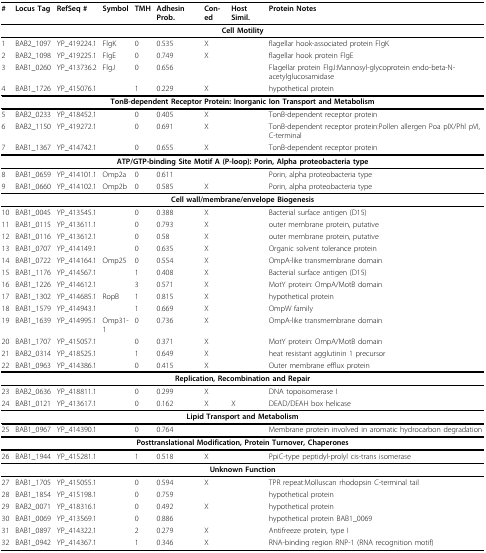
<table><thead><tr><td><b>#</b></td><td><b>Locus Tag</b></td><td><b>RefSeq #</b></td><td><b>Symbol</b></td><td><b>TMH</b></td><td><b>Adhesin Prob.</b></td><td><b>Con-ed</b></td><td><b>Host Simil.</b></td><td><b>Protein Notes</b></td></tr></thead><tbody><tr><td colspan="9"><b>Cell Motility</b></td></tr><tr><td>1</td><td>BAB2_1097</td><td>YP_419224.1</td><td>FlgK </td><td>0</td><td>0.535</td><td>X</td><td></td><td>flagellar hook-associated protein FlgK </td></tr><tr><td>2</td><td>BAB2_1098</td><td>YP_419225.1</td><td>FlgE </td><td>0</td><td>0.749</td><td>X</td><td></td><td>flagellar hook protein FlgE </td></tr><tr><td>3</td><td>BAB1_0260</td><td>YP_413736.2</td><td>FlgJ</td><td>0</td><td>0.656</td><td></td><td></td><td>Flagellar protein FlgJ:Mannosyl-glycoprotein endo-beta-N-acetylglucosamidase</td></tr><tr><td>4</td><td>BAB1_1726</td><td>YP_415076.1</td><td></td><td>1</td><td>0.229</td><td>X</td><td></td><td>hypothetical protein</td></tr><tr><td colspan="9"><b>TonB-dependent Receptor Protein: Inorganic Ion Transport and Metabolism</b></td></tr><tr><td>5</td><td>BAB2_0233</td><td>YP_418452.1</td><td></td><td>0</td><td>0.405</td><td>X</td><td></td><td>TonB-dependent receptor protein</td></tr><tr><td>6</td><td>BAB2_1150</td><td>YP_419272.1</td><td></td><td>0</td><td>0.691</td><td>X</td><td></td><td>TonB-dependent receptor protein:Pollen allergen Poa pIX/Phl pVI, C-terminal </td></tr><tr><td>7</td><td>BAB1_1367</td><td>YP_414742.1</td><td></td><td>0</td><td>0.655</td><td>X</td><td></td><td>TonB-dependent receptor protein </td></tr><tr><td colspan="9"><b>ATP/GTP-binding Site Motif A (P-loop): Porin, Alpha proteobacteria type</b></td></tr><tr><td>8</td><td>BAB1_0659</td><td>YP_414101.1</td><td>Omp2a </td><td>0</td><td>0.611</td><td></td><td></td><td>Porin, alpha proteobacteria type </td></tr><tr><td>9</td><td>BAB1_0660</td><td>YP_414102.1</td><td>Omp2b</td><td>0</td><td>0.585</td><td>X</td><td></td><td>Porin, alpha proteobacteria type</td></tr><tr><td colspan="9"><b>Cell wall/membrane/envelope Biogenesis</b></td></tr><tr><td>10</td><td>BAB1_0045</td><td>YP_413545.1</td><td></td><td>0</td><td>0.388</td><td>X</td><td></td><td>Bacterial surface antigen (D15)</td></tr><tr><td>11</td><td>BAB1_0115</td><td>YP_413611.1</td><td></td><td>0</td><td>0.793</td><td>X</td><td></td><td>outer membrane protein, putative</td></tr><tr><td>12</td><td>BAB1_0116</td><td>YP_413612.1</td><td></td><td>0</td><td>0.58</td><td>X</td><td></td><td>outer membrane protein, putative</td></tr><tr><td>13</td><td>BAB1_0707</td><td>YP_414149.1</td><td></td><td>0</td><td>0.635</td><td>X</td><td></td><td>Organic solvent tolerance protein</td></tr><tr><td>14</td><td>BAB1_0722</td><td>YP_414164.1</td><td>Omp25</td><td>0</td><td>0.554</td><td>X</td><td></td><td>OmpA-like transmembrane domain</td></tr><tr><td>15</td><td>BAB1_1176</td><td>YP_414567.1</td><td></td><td>1</td><td>0.408</td><td>X</td><td></td><td>Bacterial surface antigen (D15)</td></tr><tr><td>16</td><td>BAB1_1226</td><td>YP_414612.1</td><td></td><td>3</td><td>0.571</td><td>X</td><td></td><td>MotY protein: OmpA/MotB domain</td></tr><tr><td>17</td><td>BAB1_1302</td><td>YP_414685.1</td><td>RopB</td><td>1</td><td>0.815</td><td>X</td><td></td><td>hypothetical protein</td></tr><tr><td>18</td><td>BAB1_1579</td><td>YP_414943.1</td><td></td><td>1</td><td>0.669</td><td>X</td><td></td><td>OmpW family</td></tr><tr><td>19</td><td>BAB1_1639</td><td>YP_414995.1</td><td>Omp31-1</td><td>0</td><td>0.736</td><td>X</td><td></td><td>OmpA-like transmembrane domain</td></tr><tr><td>20</td><td>BAB1_1707</td><td>YP_415057.1</td><td></td><td>0</td><td>0.371</td><td>X</td><td></td><td>MotY protein: OmpA/MotB domain</td></tr><tr><td>21</td><td>BAB2_0314</td><td>YP_418525.1</td><td></td><td>1</td><td>0.649</td><td>X</td><td></td><td>heat resistant agglutinin 1 precursor</td></tr><tr><td>22</td><td>BAB1_0963</td><td>YP_414386.1</td><td></td><td>0</td><td>0.415</td><td>X</td><td></td><td>Outer membrane efflux protein</td></tr><tr><td colspan="9"><b>Replication, Recombination and Repair</b></td></tr><tr><td>23</td><td>BAB2_0636</td><td>YP_418811.1</td><td></td><td>0</td><td>0.299</td><td>X</td><td></td><td>DNA topoisomerase I</td></tr><tr><td>24</td><td>BAB1_0121</td><td>YP_413617.1</td><td></td><td>0</td><td>0.162</td><td>X</td><td>X</td><td>DEAD/DEAH box helicase</td></tr><tr><td colspan="9"><b>Lipid Transport and Metabolism</b></td></tr><tr><td>25</td><td>BAB1_0967</td><td>YP_414390.1</td><td></td><td>0</td><td>0.764</td><td></td><td></td><td>Membrane protein involved in aromatic hydrocarbon degradation</td></tr><tr><td colspan="9"><b>Posttranslational Modification, Protein Turnover, Chaperones</b></td></tr><tr><td>26</td><td>BAB1_1944</td><td>YP_415281.1</td><td></td><td>1</td><td>0.518</td><td>X</td><td></td><td>PpiC-type peptidyl-prolyl cis-trans isomerase</td></tr><tr><td colspan="9"><b>Unknown Function</b></td></tr><tr><td>27</td><td>BAB1_1705</td><td>YP_415055.1</td><td></td><td>0</td><td>0.594</td><td>X</td><td></td><td>TPR repeat:Molluscan rhodopsin C-terminal tail </td></tr><tr><td>28</td><td>BAB1_1854</td><td>YP_415198.1</td><td></td><td>0</td><td>0.759</td><td></td><td></td><td>hypothetical protein </td></tr><tr><td>29</td><td>BAB2_0071</td><td>YP_418316.1</td><td></td><td>0</td><td>0.492</td><td>X</td><td></td><td>hypothetical protein</td></tr><tr><td>30</td><td>BAB1_0069</td><td>YP_413569.1</td><td></td><td>0</td><td>0.886</td><td></td><td></td><td>hypothetical protein BAB1_0069 </td></tr><tr><td>31</td><td>BAB1_0897</td><td>YP_414322.1</td><td></td><td>2</td><td>0.279</td><td>X</td><td></td><td>Antifreeze protein, type I</td></tr><tr><td>32</td><td>BAB1_0942</td><td>YP_414367.1</td><td></td><td>1</td><td>0.346</td><td>X</td><td></td><td>RNA-binding region RNP-1 (RNA recognition motif)</td></tr></tbody></table>